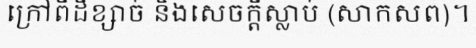
ក្រៅពីដីខ្សាច់ និងសេចក្តីស្លាប់ (សាកសព)។